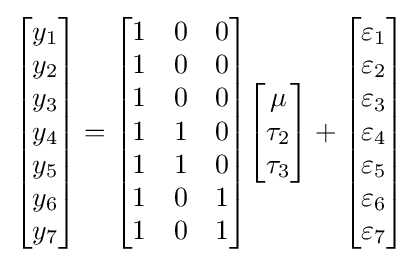
{\begin{bmatrix}y_{1}\\y_{2}\\y_{3}\\y_{4}\\y_{5}\\y_{6}\\y_{7}\end{bmatrix}}={\begin{bmatrix}1&0&0\\1&0&0\\1&0&0\\1&1&0\\1&1&0\\1&0&1\\1&0&1\end{bmatrix}}{\begin{bmatrix}\mu \\\tau _{2}\\\tau _{3}\end{bmatrix}}+{\begin{bmatrix}\varepsilon _{1}\\\varepsilon _{2}\\\varepsilon _{3}\\\varepsilon _{4}\\\varepsilon _{5}\\\varepsilon _{6}\\\varepsilon _{7}\end{bmatrix}}